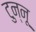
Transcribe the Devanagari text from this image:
टुन्नू